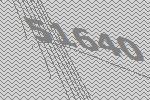
51640